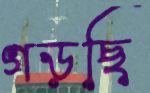
গড়ছি